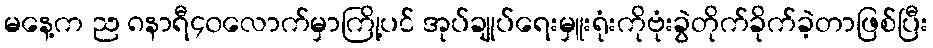
မနေ့က ည ၈နာရီ၄၀လောက်မှာကြို့ပင် အုပ်ချုပ်ရေးမှူးရုံးကိုဗုံးခွဲတိုက်ခိုက်ခဲ့တာဖြစ်ပြီး